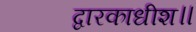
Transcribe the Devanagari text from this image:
द्वारकाधीश॥